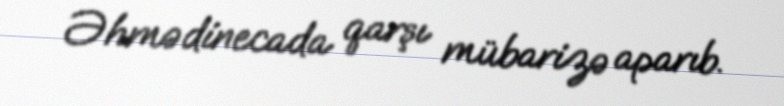
Əhmədinecada qarşı mübarizə aparıb.